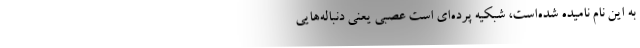
به این نام نامیده شده‌است، شَبَکیه پرده‌ای است عصبی یعنی دنباله‌هایی